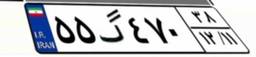
۵۵گ۴۷۰۳۸